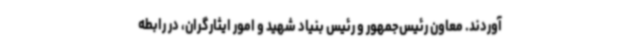
آوردند. معاون رئیس‌جمهور و رئیس بنیاد شهید و امور ایثارگران، در رابطه